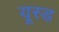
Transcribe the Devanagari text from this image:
यूस्ड